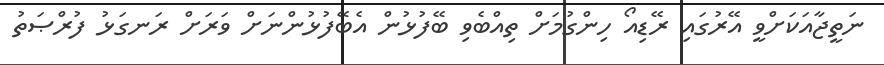
ނަތީޖާއަކަށްވީ އޭރުގައި ރޭޑިއޯ ހިންގުމަށް ތިއްބެވި ބޭފުޅުން އެބޭފުޅުންނަށް ވަރަށް ރަނގަޅު ފުރްޞަތު